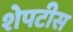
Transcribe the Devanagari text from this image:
शेपटीस